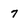
Character: 7